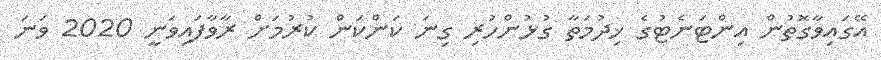
އޭގައިވާގޮތުން އިންޓަނެޓުގެ ޚިދުމަތާ ގުޅުންހުރި ގިނަ ކަންކަން ކުރުމަށް ރާވާފައިވަނީ 2020 ވަަނަ